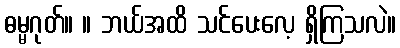
ဓမ္မဂုတ်။ ။ ဘယ်အထိ သင်ပေးလေ့ ရှိကြသလဲ။